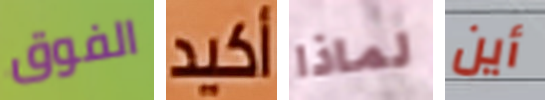
الفوق أكيد لماذا أين